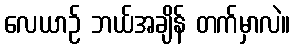
လေယာဉ် ဘယ်အချိန် တက်မှာလဲ။